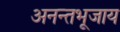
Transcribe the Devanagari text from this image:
अनन्तभूजाय